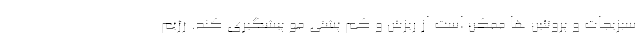
سبزیجات و پروتئین ها ممکن است از ریزش و کم پشتی مو پیشگیری کند. رژیم